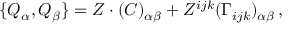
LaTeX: \{ Q _ { \alpha } , Q _ { \beta } \} = Z \cdot ( C ) _ { \alpha \beta } + Z ^ { i j k } ( \Gamma _ { i j k } ) _ { \alpha \beta } \, ,